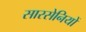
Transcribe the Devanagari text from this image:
सारसेनियों